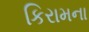
કિરામના